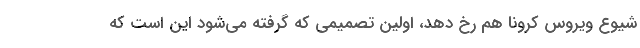
شیوع ویروس کرونا هم رخ دهد، اولین تصمیمی که گرفته می‌شود این است که